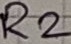
Text: R2